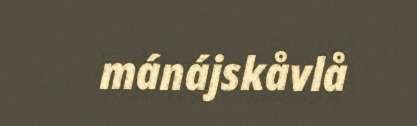
mánájskåvlå